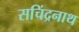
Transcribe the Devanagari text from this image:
सचिंद्रनाथ